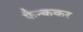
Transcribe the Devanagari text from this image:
फैन्ककर